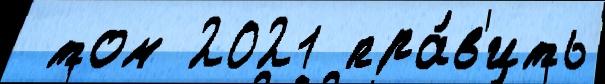
 том 2021 пра́в'ить